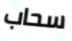
سحاب